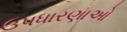
ઉપધારણાઓ